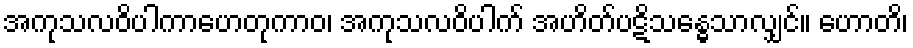
အကုသလဝိပါကာဟေတုကာဝ၊ အကုသလဝိပါက် အဟိတ်ပဋိသန္ဓေသာလျှင်။ ဟောတိ၊